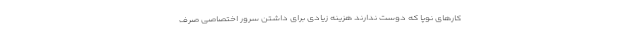
کارهای نوپا که دوست ندارند هزینه زیادی برای داشتن سرور اختصاصی صرف